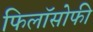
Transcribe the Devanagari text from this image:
फिलॉसोफी